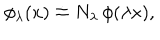
\phi _ { \lambda } ( x ) \doteq N _ { \lambda } \, \phi ( \lambda x ) ,